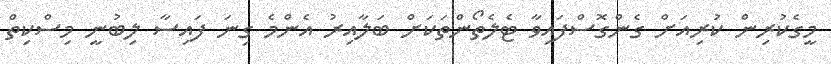
މީގެކުރިން ކުރިއަށް ގެންގޮސްފައިވާ ޓެލެތޯންތަކަށް ބަލާއިރު އެންމެ ގިނަ ފައިސާ ލިބުނީ މިސްކިތް